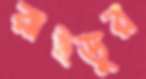
রাইডুর